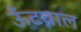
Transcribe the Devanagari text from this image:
ऊँटवाल